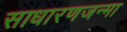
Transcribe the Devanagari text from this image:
साधारणजन्मा